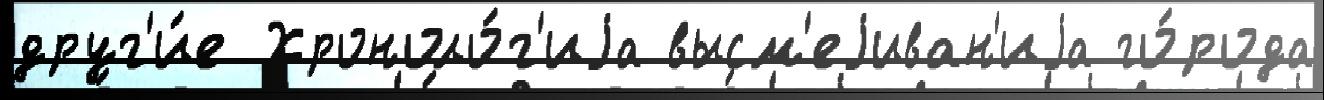
друг'и́е Хроноло́г'иjа высм'еjиван'иjа го́рода